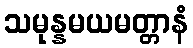
သမုန္နမယမတ္တာနံ